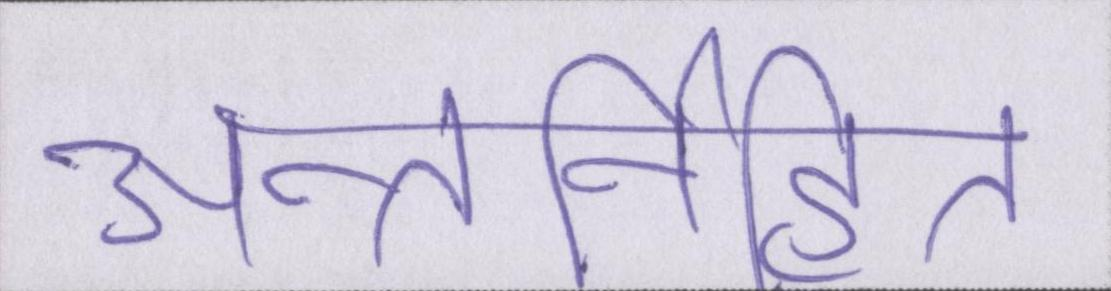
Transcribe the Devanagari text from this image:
अन्तर्निहित